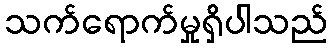
သက်ရောက်မှုရှိပါသည်